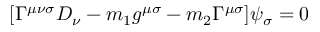
[ \Gamma ^ { \mu \nu \sigma } D _ { \nu } - m _ { 1 } g ^ { \mu \sigma } - m _ { 2 } \Gamma ^ { \mu \sigma } ] \psi _ { \sigma } = 0